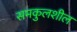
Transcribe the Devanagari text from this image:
समकुलशील